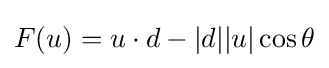
F(u)=u\cdot d-|d||u|\cos \theta